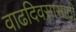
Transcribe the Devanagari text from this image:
वाढदिवसासाठी